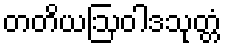
တတိယဩဝါဒသုတ္တံ